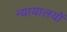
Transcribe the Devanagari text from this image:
न्यायालयोंं